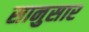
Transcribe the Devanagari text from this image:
सानुसार